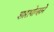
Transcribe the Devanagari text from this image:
शारापोव्हाने